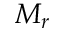
M _ { r }